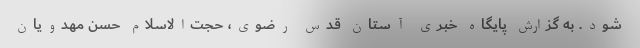
شود. به گزارش پایگاه خبری آستان قدس رضوی، حجت‌الاسلام حسن مهدویان